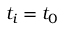
t _ { i } = t _ { 0 }